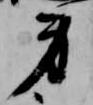
身